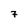
Character: 7